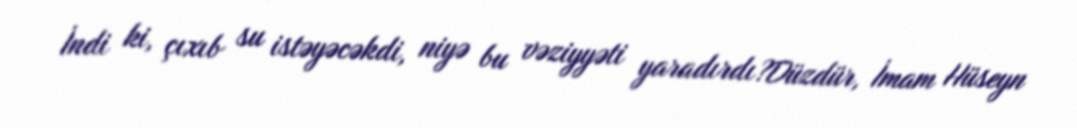
İndi ki, çıxıb su istəyəcəkdi, niyə bu vəziyyəti yaradırdı?Düzdür, İmam Hüseyn